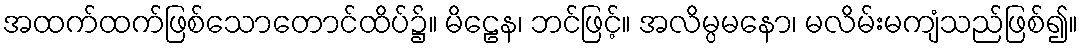
အထက်ထက်ဖြစ်သောတောင်ထိပ်၌။ မိဠေန၊ ဘင်ဖြင့်။ အလိမ္ပမနော၊ မလိမ်းမကျံသည်ဖြစ်၍။